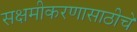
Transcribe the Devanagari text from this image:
सक्षमीकरणासाठीचे